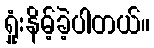
ရှုံးနိမ့်ခဲ့ပါတယ်။